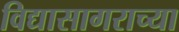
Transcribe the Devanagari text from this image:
विद्यासागराच्या